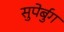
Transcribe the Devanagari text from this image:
सुपेर्बुग